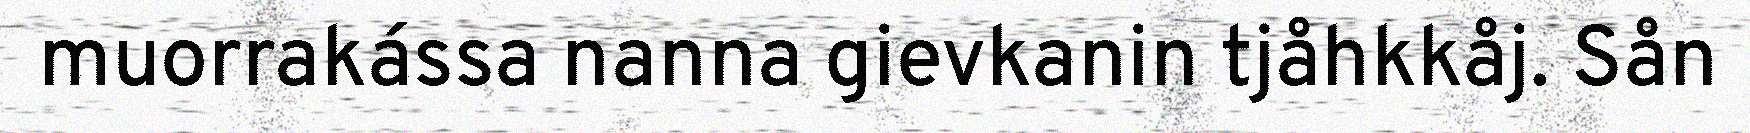
muorrakássa nanna gievkanin tjåhkkåj. Sån